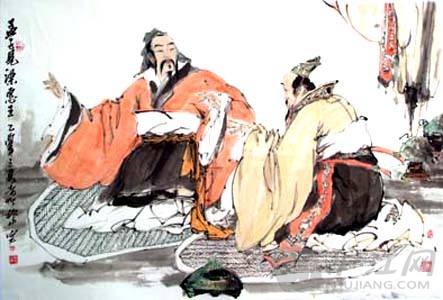
王顾左右而言他。